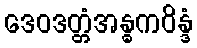
ဒေဝဒတ္တံအန္ဓကဝိန္ဒံ